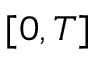
[ 0 , T ]